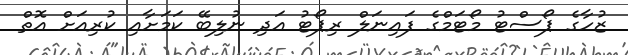
ޒުހާގެ ޕޯސްޓު މޯޓަމްގެ ފައިނަލް ރިޕޯޓު އަދި ނުލިބޭ ކަމަށާއި ކުރިއަށް އޮތް